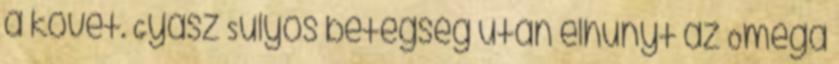
a követ. Gyász Súlyos betegség után elhunyt az Omega